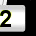
Digit: 2